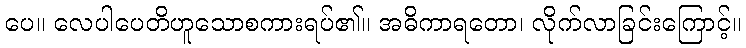
ပေ။ လေပါပေတိဟူသောစကားရပ်၏။ အဓိကာရတော၊ လိုက်လာခြင်းကြောင့်။